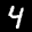
Label: 4